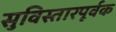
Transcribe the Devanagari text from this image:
सुविस्तारपूर्वक